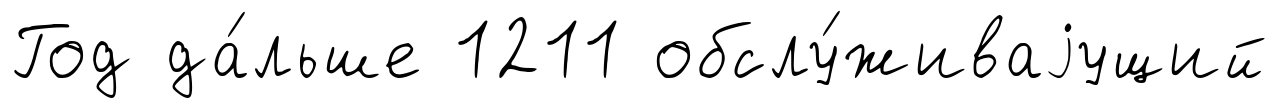
Год да́льше 1211 обслу́живаjущий